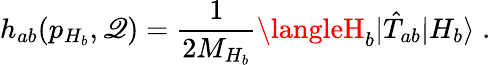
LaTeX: h_{ab}(p_{H_{b}},\mathscr{Q})=\frac{{1}}{{2M_{H_{b}}}}\langleH_{b}|\hat{{T}}_{ab}|H_{b}\rangle\; .